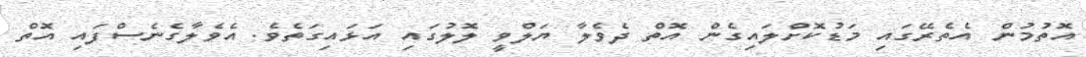
އޮތުމުން އެތެރޭގައި މަޑުކޮށްލައިގެން އޮތް ދެވެލާ ޔަލްވީ ލޮލުގައި އަޅައިގަތެވެ. އެވެލާގެނެސްފައި އޮތް